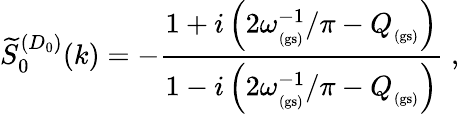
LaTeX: \widetilde{S}_{0}^{(D_{0})}(k)=-\frac{1+i\left(2\omega_{_\mathrm{(gs)}}^{-1}/\pi-Q_{_\mathrm{(gs)}}\right)}{1-i\left(2\omega_{_\mathrm{(gs)}}^{-1}/\pi-Q_{_\mathrm{(gs)}}\right)}\; ,